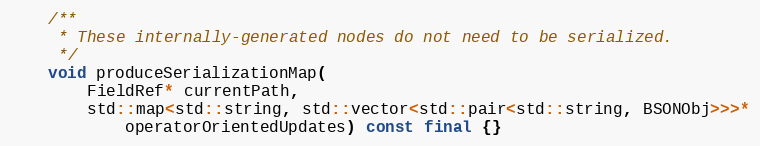
Language: C++
    /**
     * These internally-generated nodes do not need to be serialized.
     */
    void produceSerializationMap(
        FieldRef* currentPath,
        std::map<std::string, std::vector<std::pair<std::string, BSONObj>>>*
            operatorOrientedUpdates) const final {}